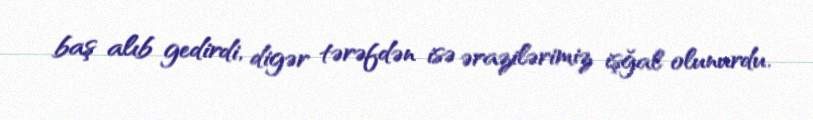
baş alıb gedirdi, digər tərəfdən isə ərazilərimiz işğal olunurdu.